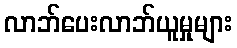
လာဘ်ပေးလာဘ်ယူမှုများ